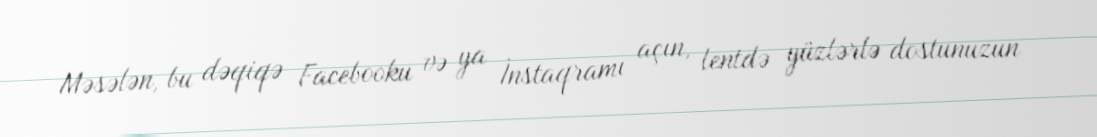
Məsələn, bu dəqiqə Facebooku və ya İnstaqramı açın, lentdə yüzlərlə dostunuzun